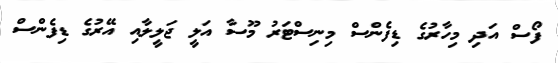
ފޯސް އަދި މިހާރުގެ ޑިފެންސް މިނިސްޓަރު މޫސާ އަލީ ޖަލީލާއި އޭރުގެ ޑިފެންސް